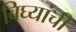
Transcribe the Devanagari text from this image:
बिघ्यांची